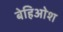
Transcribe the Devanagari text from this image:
बेहिओश